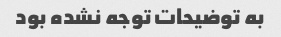
به توضیحات توجه نشده بود